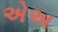
એઅ